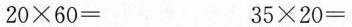
$$2 0 \times 6 0 = $$ $$ 3 5 \times 2 0 = $$